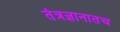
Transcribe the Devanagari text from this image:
तंत्रज्ञानातच